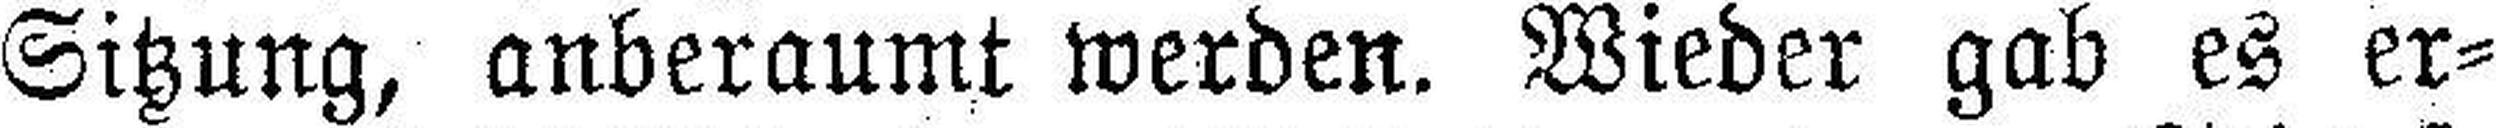
Sitzung, anberaumt werden. Wieder gab es er¬